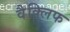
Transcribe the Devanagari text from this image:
वैक्लिफ